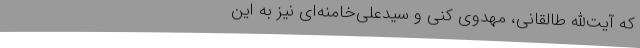
که‌ آیت‌الله طالقانی‌، مهدوی‌ کنی‌ و سیدعلی‌خامنه‌ای‌ نیز به‌ این‌